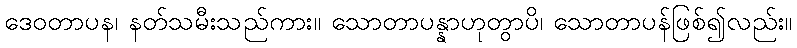
ဒေဝတာပန၊ နတ်သမီးသည်ကား။ သောတာပန္နာဟုတွာပိ၊ သောတာပန်ဖြစ်၍လည်း။